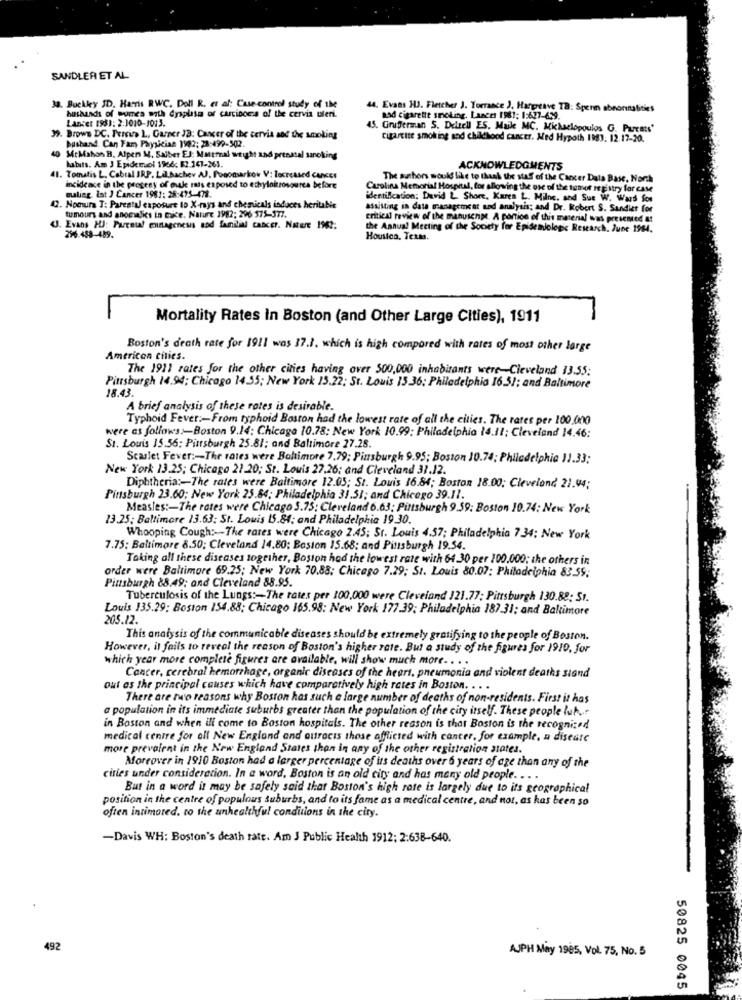
SANDLER ET AL
38. Buckley JD. Harris RWC. Doll R. et al: Case-control study of the
44. Evans HJ. Fletcher J. Torrance J. Hargreave TB: Spen abnormalities
Lancet 1981: 2:3020-1013.
husbands of sumes with dysplas of curciboca of the cervia uferi.
nad cigarette smoking. Lances 1981: 1:627-639.
. Grifferman S. Denell ES. Maile MC. Mikaelopoulos G. Purcats"
39. Broww DC. Percira L, Garner JB: Cancer of the cervia and the smoking
bushand Can Fam Physician 1982; 23:499-302.
cigarette smoking and childhood cancer. Med Hypoth 1983. 12.17-20.
40 McMahon B. Alper M. Salber El: Mattmal weight and prenatal sanoking
habits. Am J Epidemol 1966: 62 147-263.
ACKNOWLEDGMENTS
41. Tomatis L. Cabral IRP. Lil.Bachev AJ, Pooonarkow V: locreased CANEE
The authors would like to thank the staff of the Cancer Data Base, North
incidence in the progeny of oule mais exposed to ethylaltrosource before
Carolina Memorial Hospital, for allowing the one of the temof registry for case
maling. int J Cancer 1981: 28:475-478.
identification; David 2. Shore, Karen L. Milne, and Sue W. Wars Son
12. Nomura T: Parestal exposure 10 X-rays and chemicals induces heritabie
assisting in data management and analysis; and Dr. Robert S. Sandier for
and anoclics in tice. Nature 1982; 296 575-377.
critical review of the manuscrite. A portion of this material was presented at
U. Evans HJ: Partout eunagenesis sod familial cancer. Nature 1962;
the Annual Meeting of the Society for Epidemiologic Research, June 1984.
296.488-489.
Houston, Texas.
Mortality Rates In Boston (and Other Large Cities), 1911
Boston's death rate for 1911 was 17.1. which is high compared with rates of most other large
American cities.
The 1911 rates for the other cities having over 500,000 inhabitants were-Cleveland 13.55;
Pittsburgh 14.94; Chicago 14.35; New York 15.22; St. Louis 15.36; Philadelphia 16.51; and Baltimore
18.43.
A brief analysis of these rotes is desirable.
Typhoid Fever :- From typhoid Boston had the lowest rate of all the cities. The rates per 100.000
were as follows :- Boston 9.14: Chicago 10.78; New York 10.99: Philadelphia 14.11; Cleveland 14.46;
St. Louis 15.56; Pittsburgh 25.81; and Baltimore 27.28.
Scarlet Fever :- The rates were Bohimore 7.79; Pinsburgh 9.95; Boston 10.74; Philadelphia 11.33;
New York 13.25; Chicago 21 20; St. Louis 27.26; and Cleveland 31.12.
Diphtheria :- The rates were Baltimore 12.05; St. Louis 16.84; Boston 18.00; Cleveland 21.04;
Pinsburgh 23.60; New York 25.84; Philadelphia 31.51; and Chicego 39.11.
Measles :- The rates were Chicago 3.75; Cleveland 6.63; Pittsburgh 9.59; Boston 10.74: New York
13.25; Baltimore 13.63; St. Louis 15.84; and Philadelphia 19.30.
Whooping Cough :- The rates were Chicago 2.45; St. Louis 4.57; Philadelphia 734; New York
7.75: Baltimore 8.50; Cleveland 14.80; Boston 15.68: and Pittsburgh 19.54.
Taking all these diseases together, Boston had the lowest rate with 64.30 per 100.000; the others in
order were Baltimore 69.25; New York 70.88; Chicago 7.29; St. Louis 80.07; Philadelphia 83.59;
Pittsburgh 88.49; and Cleveland 88.95.
Tuberculosis of the Lungs :- The rates per 100,000 were Cleveland 121.77; Pittsburgh 130.88; St.
Louis 135.29; Boston 154.88; Chicago 165.98: New York 177.39; Philadelphia 187.31; and Baltimore
205.12.
This analysis of the communicable diseases should be extremely gratifying to the people of Boston.
However, it fails to reveal the reason of Boston's higher rate. But a study of the figures for 1910, for
which year more complete figures are available, will show much more. . . .
Cancer, cerebral hemorrhage, organic diseases of the heart, pneumonia and violent deaths stand
out as the principal causes which have comparatively high rates in Boston. . . .
There are two reasons why Boston has such a large number of deaths of non-residents. First it has
a population in its immediate suburbs greater than the population of the city itself. These people luk
in Boston and when ill come to Boston hospitals. The other reason is that Boston is the recognized
medical centre for all New England and outrocis those afflicted with cancer, for example, a disease
more prevalent in the New England States thon in any of the other registration states.
Moreover in 1910 Boston had a larger percentage of its deaths over 6 years of age than any of the
cities under consideration. In a word, Boston is an old city and has many old people. . . .
But in a word is may be safely said that Boston's high rate is largely due to its geographical
position in the centre of populous suburbs, and to its fame as a medical centre, and not, as has been so
often intimared. ro the unhealthful conditions in the city.
-Davis WH: Boston's death rate. Am J Public Health 1912; 2:638-640.
492
AJPH May 1995, Vol. 75, No. 5
.
50825 0045